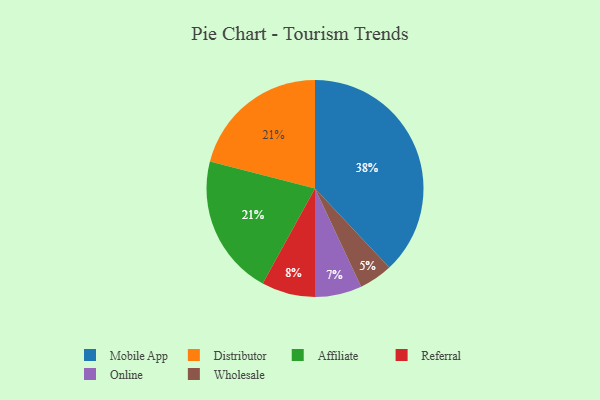
{"axis": {"x": "Category", "y": "Percentage"}, "legend": ["Affiliate", "Distributor", "Mobile App", "Online", "Referral", "Wholesale"], "data": [{"x": "Online", "y": 7, "type": "Online"}, {"x": "Mobile App", "y": 38, "type": "Mobile App"}, {"x": "Wholesale", "y": 5, "type": "Wholesale"}, {"x": "Referral", "y": 8, "type": "Referral"}, {"x": "Distributor", "y": 21, "type": "Distributor"}, {"x": "Affiliate", "y": 21, "type": "Affiliate"}]}